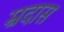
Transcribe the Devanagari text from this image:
म्रदास